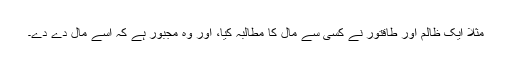
مثلاً ایک ظالم اور طاقتور نے کسی سے مال کا مطالبہ کیا، اور وہ مجبور ہے کہ اسے مال دے دے۔